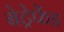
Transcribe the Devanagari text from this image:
बेट्रेफेंड